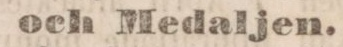
och Medaljen.